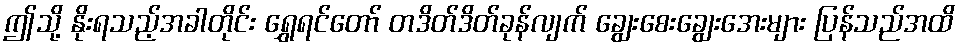
ဤသို့ နိုးရသည့်အခါတိုင်း ရွှေရင်တော် တဒိတ်ဒိတ်ခုန်လျက် ချွေးစေးချွေးအေးများ ပြန်သည်အထိ